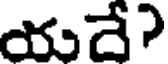
యదే?